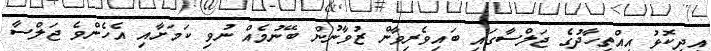
އިދިކޮޅު އިއްތިހާދުގެ ޖަލްސާގައި ބައިވެރިވާން ޒުވާނުން ބޭނުމެއް ނުވި ކަމަށާއި އެހެންވެ ޖަލްސާ